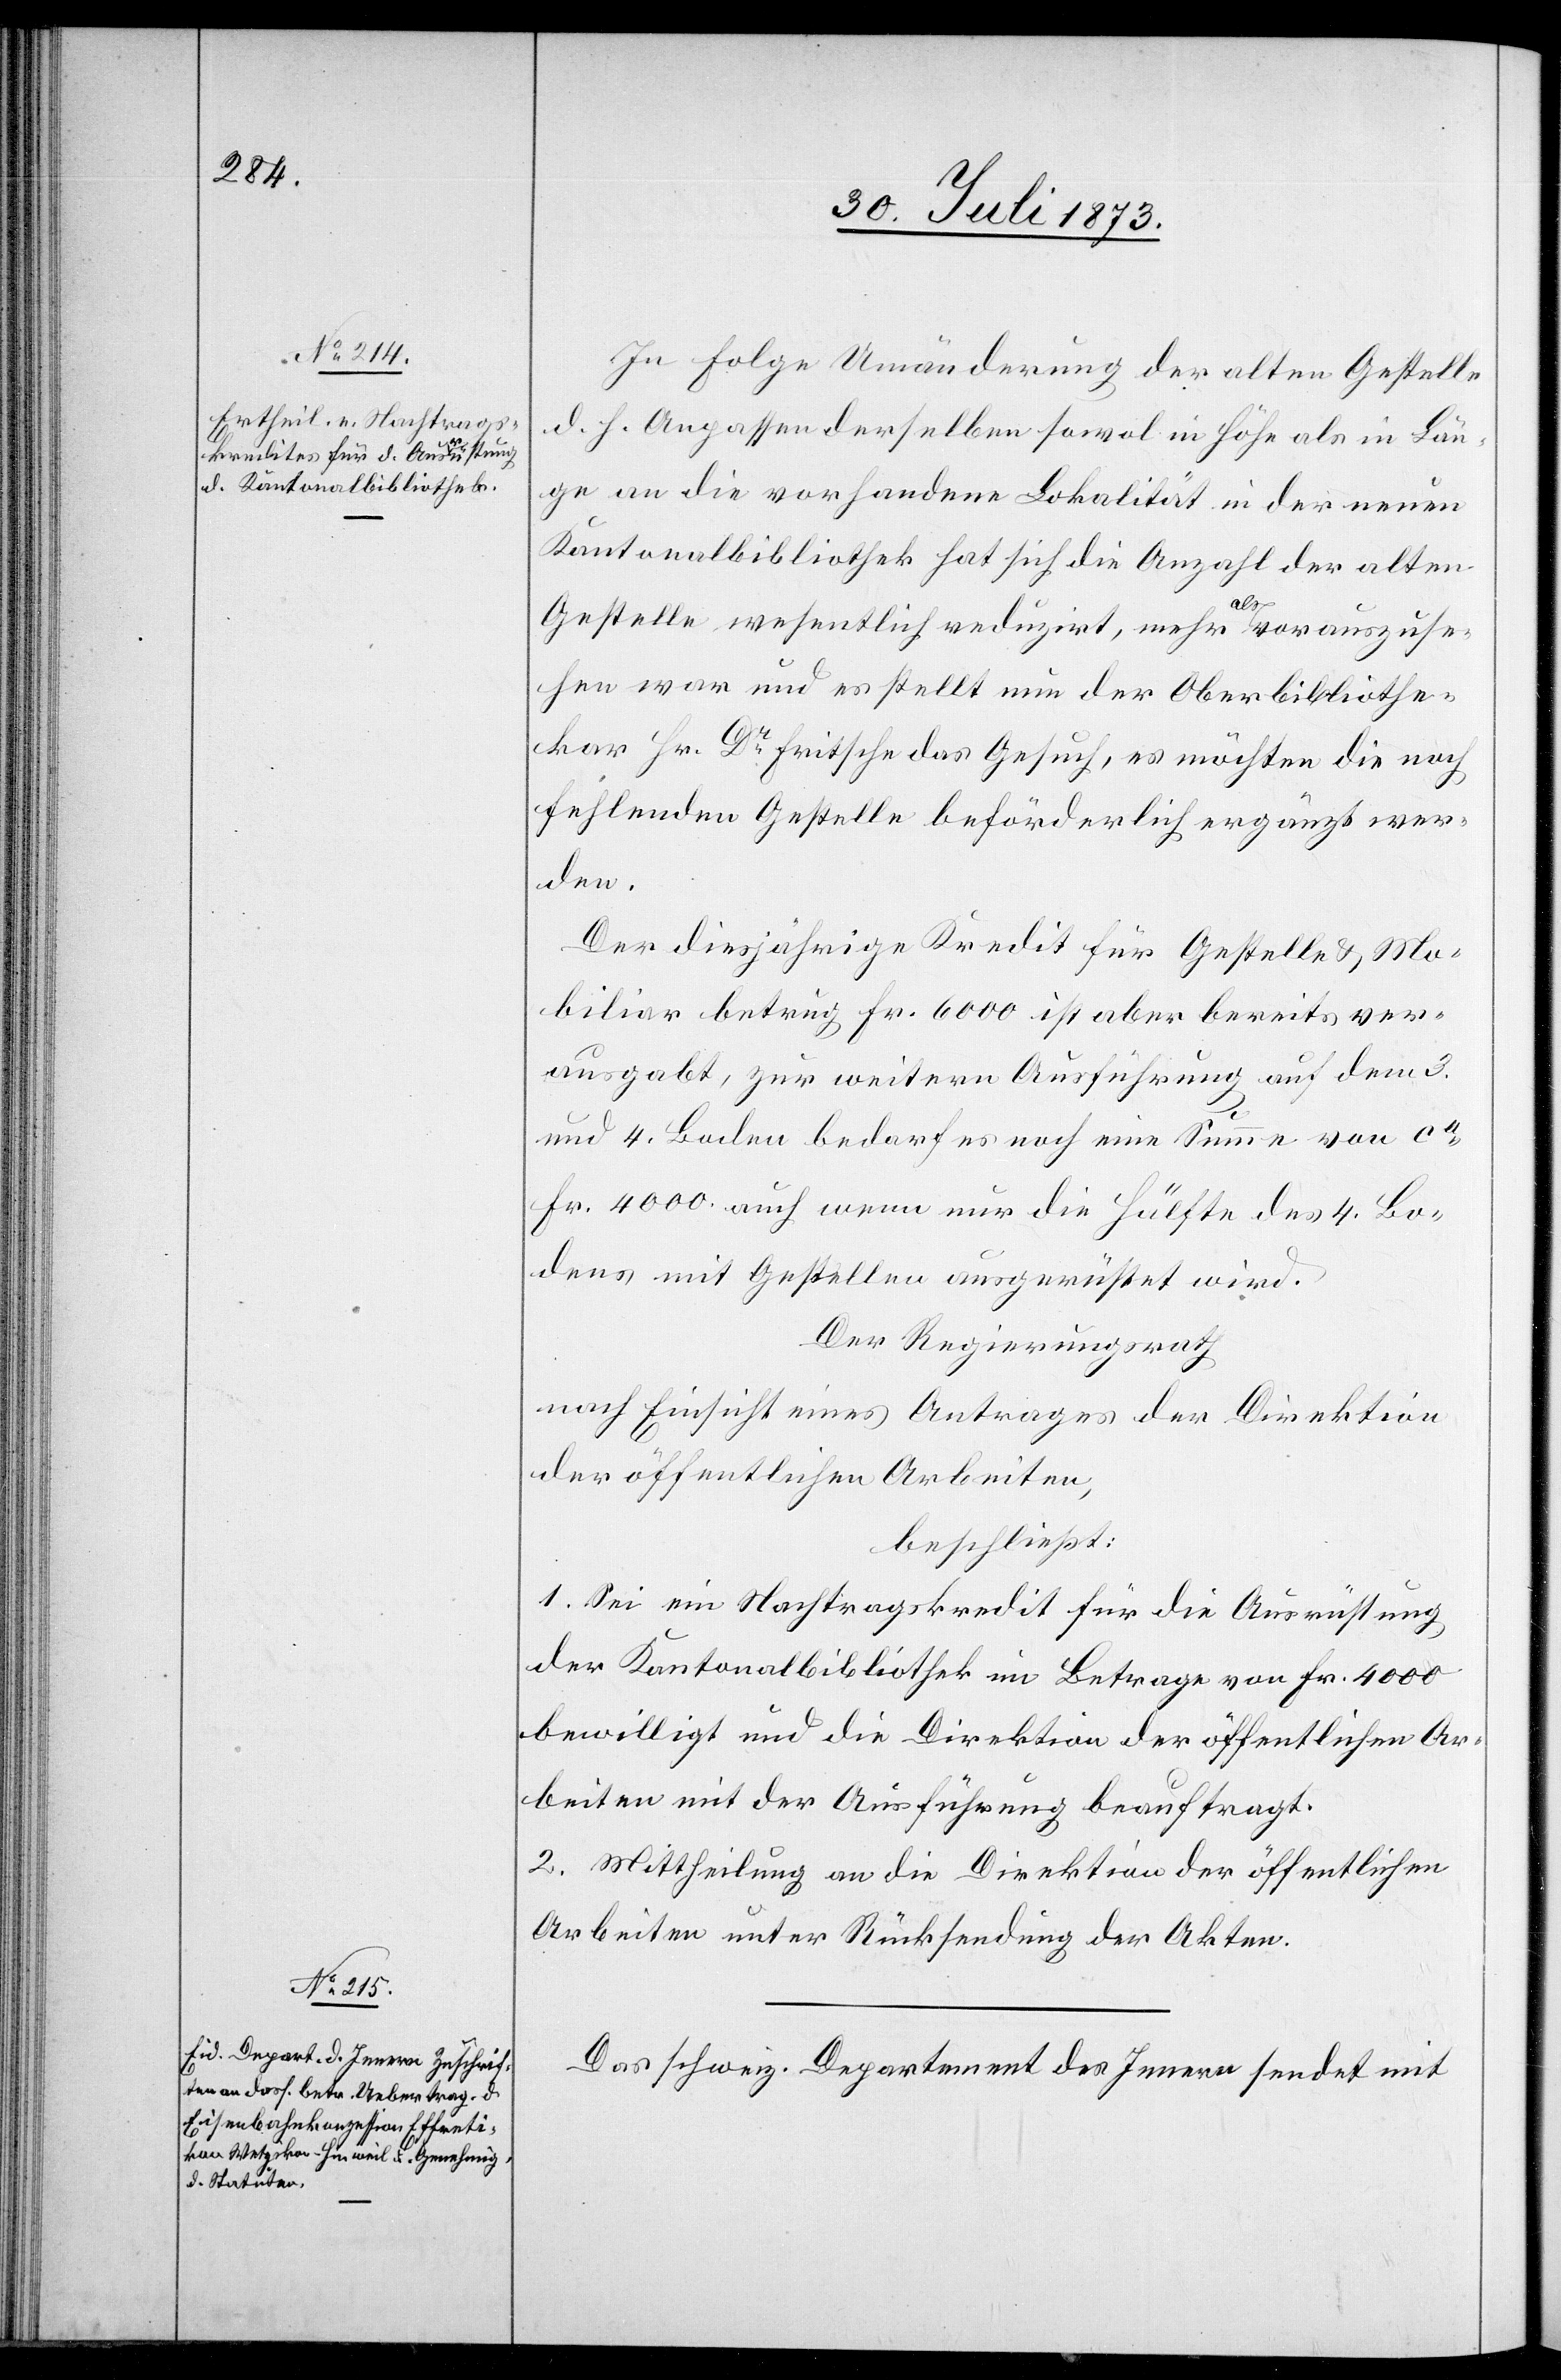
In Folge Umänderung der alten Gestelle
d. h. Anpassen derselben sowol in Höhe als in Län¬
ge an die vorhandene Lokalität in der neuen
Kantonalbibliothek hat sich die Anzahl der alten
Gestelle wesentlich reduzirt, mehr als vorauszuse¬
hen war und es stellt nun der Oberbibliothe¬
kar Hr. Dr Fritsche das Gesuch, es möchten die noch
fehlenden Gestelle beförderlich ergänzt wer¬
den.
Der diesjährige Kredit für Gestelle & Mo¬
biliar betrug Fr. 6 000 ist aber bereits ver¬
ausgabt, zur weitern Ausführung auf dem 3.
und 4. Boden bedarf es noch eine Summe von ca
Fr. 4 000 auch wenn nur die Hälfte des 4. Bo¬
dens mit Gestellen ausgerüstet wird.
Der Regierungsrath
nach Einsicht eines Antrages der Direktion
der öffentlichen Arbeiten,
beschließt:
1. Sei ein Nachtragskredit für die Ausrüstung
der Kantonalbibliothek im Betrage von Fr. 4 000
bewilligt und die Direktion der öffentlichen Ar¬
beiten mit der Ausführung beauftragt.
2. Mittheilung an die Direktion der öffentlichen
Arbeiten unter Rücksendung der Akten.
Das schweiz. Departement des Innern sendet mit